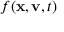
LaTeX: f ( \mathbf { x } , \mathbf { v } , t )